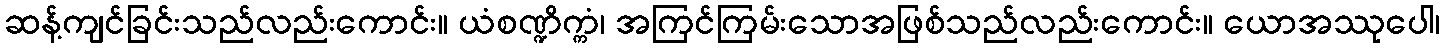
ဆန့်ကျင်ခြင်းသည်လည်းကောင်း။ ယံစဏ္ဍိက္ကံ၊ အကြင်ကြမ်းသောအဖြစ်သည်လည်းကောင်း။ ယောအဿုပေါ၊